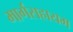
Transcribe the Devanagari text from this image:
मार्गसहायम